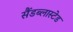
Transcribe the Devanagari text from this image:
सैंडब्लास्टेड